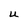
Character: u